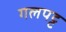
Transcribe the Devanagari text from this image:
गलपट्ट